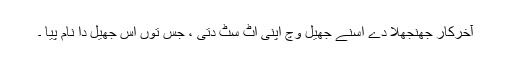
آخرکار جھنجھلا دے اسنے جھیل وچّ اپنی اٹّ سٹّ دتی ، جس توں اس جھیل دا نام پیا ۔